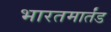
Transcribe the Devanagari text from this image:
भारतमार्तंड